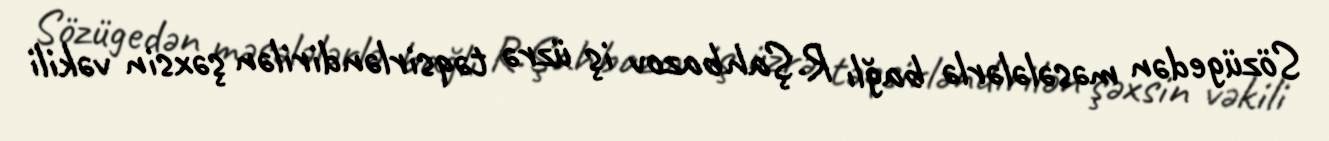
Sözügedən məsələlərlə bağlı R.Şahbazov iş üzrə təqsirləndirilən şəxsin vəkili